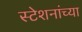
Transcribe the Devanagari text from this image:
स्टेशनांच्या